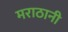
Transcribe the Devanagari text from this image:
मराठानी